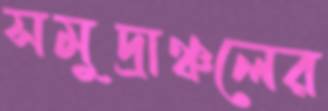
সমুদ্রাঞ্চলের